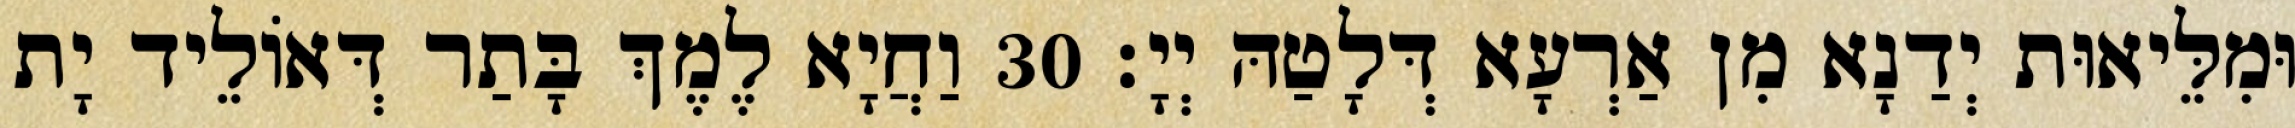
וּמִלֵּיאוּת יְדַנָא מִן אַרְעָא דְּלָטַהּ יְיָ׃ 30 וַחֲיָא לֶמֶךְ בָּתַר דְּאוֹלֵיד יָת